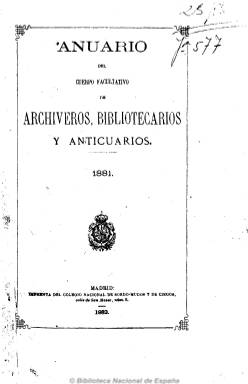
Título: Anuario del Cuerpo Facultativo de Archiveros, Bibliotecarios y Anticuarios
Colección: Archivos, bibliotecas y museos
Ámbito geográfico: Madrid
Lugar de publicación: Madrid
Fechas: 01/01/1881-31/12/1882

Este anuario se publicó dos años después de que quedara suspendida la primera época (1871-1878) de la Revista de archivos, bibliotecas y museos, y consta de dos volúmenes, correspondientes a los años 1881 y 1882, siendo su carácter semioficial. En ellos se dan a conocer los elementos básicos y prácticos de los conocimientos para el ejercicio profesional de archiveros, bibliotecarios y arqueólogos, como es la práctica uniforme para la redacción de índices y catálogos.

También se ofrecen datos estadísticos, que tanta importancia estaban adquiriendo en todos los campos científicos en la segunda mitad del XIX. Asimismo se da cuenta de las memorias de todos los archivos, bibliotecas y museos regidos por el personal de este Cuerpo, datos de su organización y de las principales colecciones, documentos y objetos que atesoran.

Destaca en lo relativo a la historia de cada uno de tales establecimientos, sus inventarios, índices, repertorios y clasificaciones, así como la procedencia de sus fondos (desamortizaciones, etc.), constituyendo estas aportaciones la primera historia de los archivos, museos y bibliotecas españolas, entre éstas las provinciales y las universitarias.

La Revista de archivos, bibliotecas y museos, que forma parte de esta Hemeroteca Digital de la BNE, volverá de nuevo a publicarse en 1883, editando su noveno volumen.